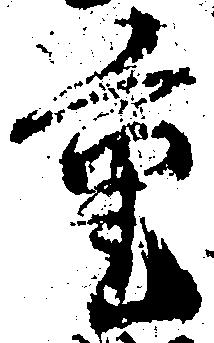
重